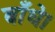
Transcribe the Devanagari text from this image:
बाँधे।